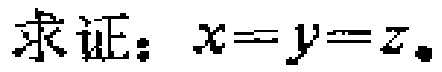
求证：\(x = y = z\)。